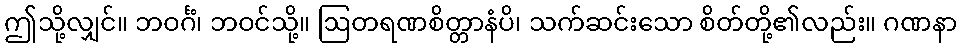
ဤသို့လျှင်။ ဘဝင်္ဂံ၊ ဘဝင်သို့။ ဩတရဏစိတ္တာနံပိ၊ သက်ဆင်းသော စိတ်တို့၏လည်း။ ဂဏနာ